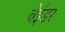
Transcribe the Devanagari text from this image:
वेईडर